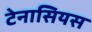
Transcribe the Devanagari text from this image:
टेनासियस